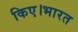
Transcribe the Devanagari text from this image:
किए।भारत